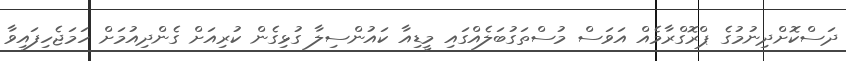
ދަސްކޮށްދިނުމުގެ ޕްރޮގްރާމެއް އަވަސް މުސްތަގުބަލެއްގައި މީޑިއާ ކައުންސިލާ ގުޅިގެން ކުރިއަށް ގެންދިއުމަށް ހަމަޖެހިފައިވާ